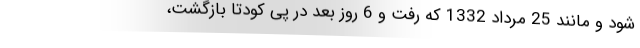
شود و مانند 25 مرداد 1332 که رفت و 6 روز بعد در پی کودتا بازگشت،